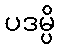
ပဒမ္ပိ